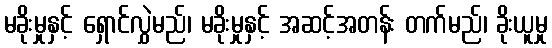
မခိုးမှုနှင့် ရှောင်လွှဲမည်၊ မခိုးမှုနှင့် အဆင့်အတန်း တက်မည်၊ ခိုးယူမှု